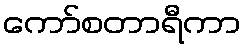
ကော်စတာရီကာ